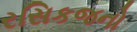
રસિકજનો